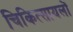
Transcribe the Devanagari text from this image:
चिकित्सायलों